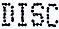
DISC